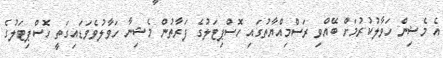
އެ މެޝިން ހަވާލުކުރުމަށް ބޭއްވި ރަސްމިއްޔާތުގައި ހޮސްޕިޓަލުގެ ފަރާތުން މެޝިނާ ހަވާލުވެވަޑައިގަތީ ހޮސްޕިޓަލުގެ